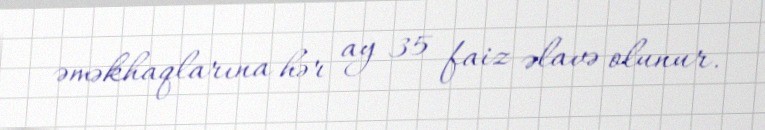
əməkhaqlarına hər ay 35 faiz əlavə olunur.